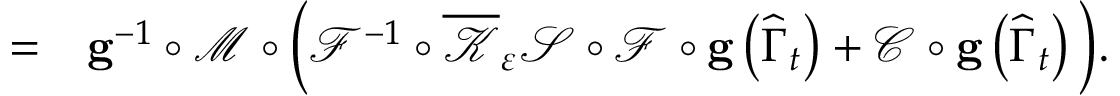
\begin{array} { r l } { = } & { { } \mathbf { g } ^ { - 1 } \circ \mathcal { M } \circ \Big ( \mathcal { F } ^ { - 1 } \circ \overline { { \mathcal { K } } } _ { \varepsilon } \mathcal { S } \circ \mathcal { F } \circ \mathbf { g } \left( \widehat { \Gamma } _ { t } \right) + \mathcal { C } \circ \mathbf { g } \left( \widehat { \Gamma } _ { t } \right) \Big ) . } \end{array}